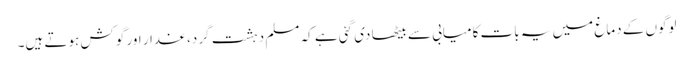
لوگوں کے دماغ میں یہ بات کامیابی سے بیٹھا دی گئی ہے کہ مسلم دہشت گرد، غدار اور گوکش ہوتے ہیں۔